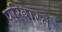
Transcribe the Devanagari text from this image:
परिवारत